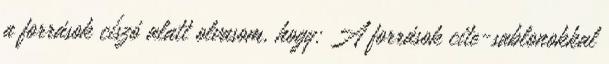
a források císzó alatt olvasom, hogy: A források cite-sablonokkal